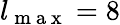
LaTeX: l_{\mathrm{~m~a~x~}}=8